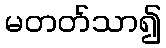
မတတ်သာ၍